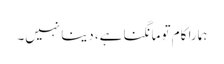
ہمارا کام تو مانگنا ہے، دینا نہیں۔